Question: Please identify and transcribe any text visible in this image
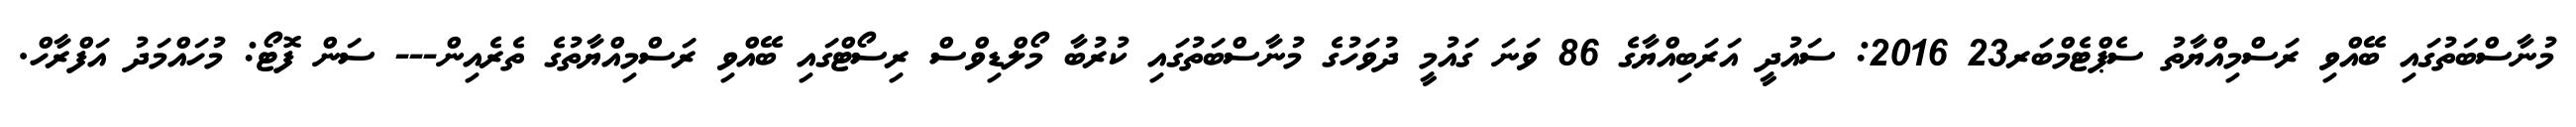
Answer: މުނާސްބަތުގައި ބޭއްވި ރަސްމިއްޔާތު ސެޕްޓެމްބަރ23 2016: ސައުދީ އަރަބިއްޔާގެ 86 ވަނަ ގައުމީ ދުވަހުގެ މުނާސްބަތުގައި ކުރުބާ މޯލްޑިވްސް ރިސޯޓްގައި ބޭއްވި ރަސްމިއްޔާތުގެ ތެރެއިން--- ސަން ފޮޓޯ: މުހައްމަދު އަފްރާހް.